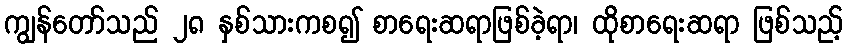
ကျွန်တော်သည် ၂၈ နှစ်သားကစ၍ စာရေးဆရာဖြစ်ခဲ့ရာ၊ ထိုစာရေးဆရာ ဖြစ်သည့်